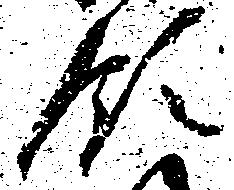
領